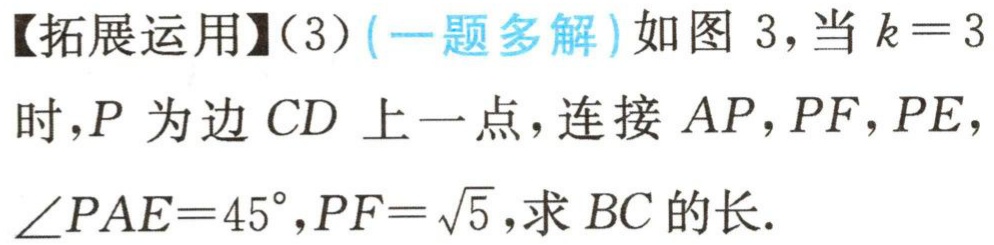
【拓展运用】（3）(一题多解)如图 3，当 \(k = 3\)时，\(P\) 为边 \(CD\) 上一点，连接 \(AP\)，\(PF\)，\(PE\)，\(\angle PAE = 45^{\circ}\)，\(PF=\sqrt{5}\)，求 \(BC\) 的长.